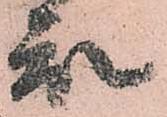
衆